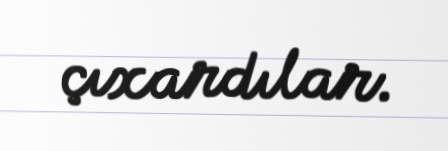
çıxardılar.